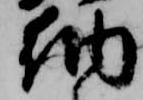
納